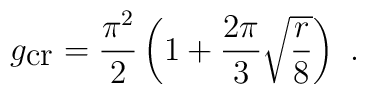
g_{\mbox{cr}}= \frac{\pi ^2}{2} \left( 1 + \frac{2 \pi }{3}\sqrt{\frac{r}{8}} \right) \ .